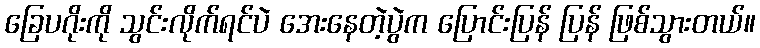
ခြေပဂိုးကို သွင်းလိုက်ရင်ပဲ အေးနေတဲ့ပွဲက ပြောင်းပြန် ပြန် ဖြစ်သွားတယ်။